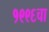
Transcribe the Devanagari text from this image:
१९९६चा